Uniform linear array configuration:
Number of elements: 12
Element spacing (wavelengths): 0.5
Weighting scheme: exponential
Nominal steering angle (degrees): -30
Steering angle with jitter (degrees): -29.48
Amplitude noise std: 0.05
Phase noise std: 0.05

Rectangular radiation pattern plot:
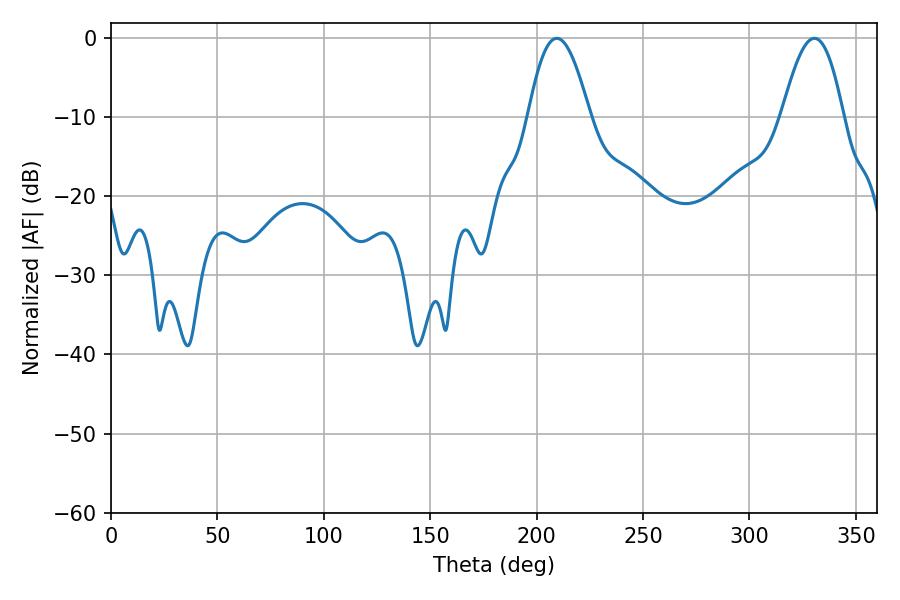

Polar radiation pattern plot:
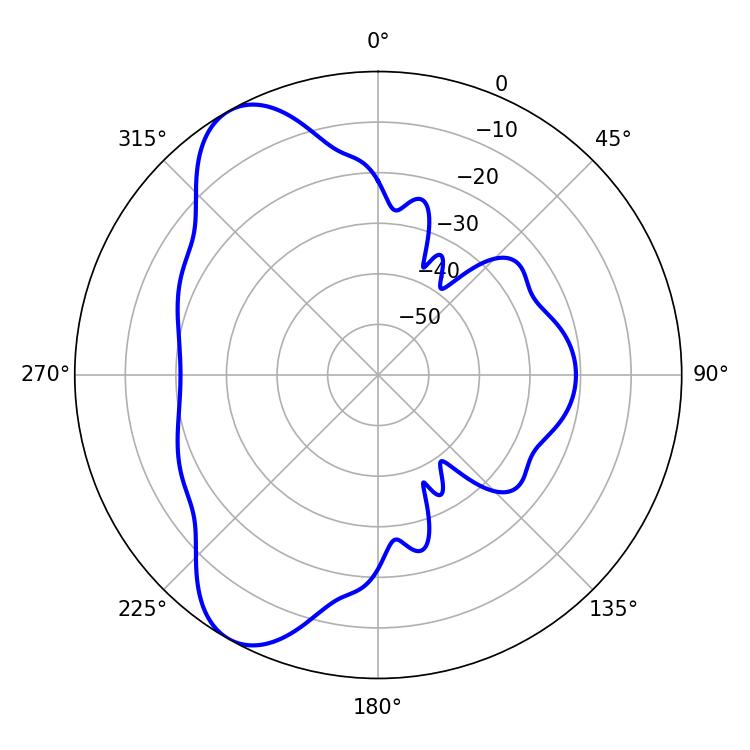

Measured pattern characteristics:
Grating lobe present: FALSE
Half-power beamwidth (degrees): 15.66
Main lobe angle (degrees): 209.52